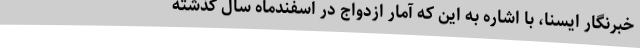
خبرنگار ایسنا، با اشاره به این که آمار ازدواج در اسفندماه سال گذشته